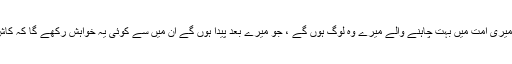
1604: سیدنا ابو ہریرہؓ سے روایت ہے کہ رسول اللہﷺ نے فرمایا: میری امت میں بہت چاہنے والے میرے وہ لوگ ہوں گے ، جو میرے بعد پیدا ہوں گے ان میں سے کوئی یہ خواہش رکھے گا کہ کاش اپنے گھر والوں اور مال سب کو قربان کرے اور مجھے دیکھ لے۔